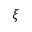
\xi